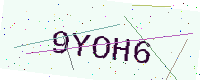
Text: 9YOH6